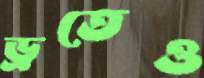
ড্রতেও